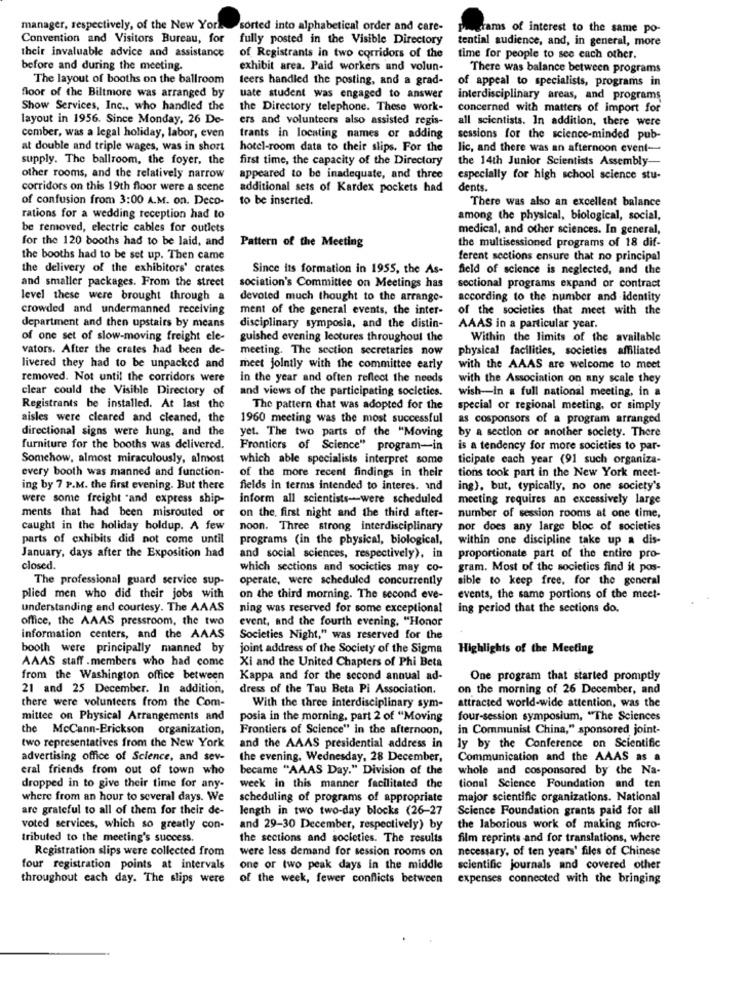
manager, respectively, of the New York
sorted into alphabetical order and care-
grams of interest to the same po-
Convention and Visitors Bureau, for
fully posted in the Visible Directory
tential audience, and, in general, more
their invaluable advice and assistance
of Registrants in two corridors of the
time for people to see each other.
before and during the meeting.
exhibit area. Paid workers and volun-
There was balance between programs
The layout of booths on the ballroom
teers handled the posting, and a grad-
of appeal to specialists, programs in
floor of the Biltmore was arranged by
uate student was engaged to answer
interdisciplinary areas, and programs
Show Services, Inc ., who handled the
the Directory telephone. These work-
concerned with matters of import for
layout in 1956. Since Monday, 26 De-
ers and volunteers also assisted regis-
all scientists. In addition, there were
comber, was a legal holiday, labor, even
trants in locating names or adding
sessions for the science-minded pub-
at double and triple wages, was in short
hotel-room data to their slips. For the
lic, and there was an afternoon event-
supply. The ballroom, the foyer, the
first time, the capacity of the Directory
the 14th Junior Scientists Assembly-
other rooms, and the relatively narrow
appeared to be inadequate, and three
especially for high school science stu-
corridors on this 19th floor were a scene
additional sets of Kardex pockets had
dents.
of confusion from 3:00 A.M. on. Deco-
to be inserted.
There was also an excellent balance
rations for a wedding reception had to
among the physical, biological, social,
be removed, electric cables for outlets
medical, and other sciences. In general,
for the 120 booths had to be laid, and
Pattern of the Meeting
the multisessioned programs of 18 dif-
the booths had to be set up. Then came
ferent sections ensure that no principal
the delivery of the exhibitors' crates
Since its formation in 1955, the As-
field of science is neglected, and the
and smaller packages. From the street
sociation's Committee on Meetings has
sectional programs expand or contract
level these were brought through a
devoted much thought to the arrange-
according to the number and identity
crowded and undermanned receiving
ment of the general events, the inter-
of the societies that meet with the
department and then upstairs by means
disciplinary symposia, and the distin-
AAAS in a particular year.
of one set of slow-moving freight ele-
guished evening lectures throughout the
Within the limits of the available
vators. After the crates had been de-
meeting. The section secretaries now
physical facilities, societies affiliated
livered they had to be unpacked and
meet jointly with the committee early
with the AAAS are welcome to meet
removed. Not until the corridors were
in the year and often reflect the needs
with the Association on any scale they
clear could the Visible Directory of
and views of the participating socletics.
wish-in a full national meeting, in a
Registrants be installed. At last the
The pattern that was adopted for the
special or regional meeting, or simply
aisles were cleared and cleaned, the
1960 meeting was the most successful
as cosponsors of a program arranged
directional signs were hung, and the
yet. The two parts of the "Moving
by a section or another society. There
furniture for the booths was delivered.
Frontiers of Science" program-in
is a tendency for more societies to par-
Somehow, almost miraculously, almost
which able specialists interpret some
ticipate each year (91 such organiza-
every booth was manned and function-
of the more recent findings in their
tions took part in the New York meet-
ing by 7 P.M. the first evening. But there
fields in terms intended to interes. ind
ing), but, typically, no one society's
were some freight "and express ship-
inform all scientists-were scheduled
meeting requires an excessively large
ments that had been misrouted or
on the, first night and the third after-
number of session rooms at one time,
caught in the holiday boldup. A few
noon. Three strong interdisciplinary
nor does any large bloc of societies
parts of exhibits did not come until
programs (in the physical, biological,
within one discipline take up a dis-
January, days after the Exposition had
and social sciences, respectively), in
proportionate part of the entire pro-
closed.
which sections and socicties may co-
gram. Most of the societies find it pos-
The professional guard service sup-
operate, were scheduled concurrently
sible to keep free. for the general
plied men who did their jobs with
on the third morning. The second eve-
events, the same portions of the meet-
understanding and courtesy. The AAAS
ning was reserved for some exceptional
ing period that the sections do.
office, the AAAS pressroom, the two
event, and the fourth evening. "Honor
information centers, and the AAAS
Societies Night," was reserved for the
booth were principally manned by
joint address of the Society of the Sigma
Highlights of the Meeting
AAAS staff .members who had come
Xi and the United Chapters of Phi Beta
from the Washington office between
Kappa and for the second annual ad-
One program that started promptly
21 and 25 December. In addition,
dress of the Tau Beta Pi Association.
on the morning of 26 December, and
there were volunteers from the Com-
With the three interdisciplinary sym-
attracted world-wide attention, was the
mittee on Physical Arrangements and
posia in the morning, part 2 of "Moving
four-session symposium, "The Sciences
the McCann-Erickson organization,
Frontiers of Science" in the afternoon,
in Communist China," sponsored joint-
two representatives from the New York
and the AAAS presidential address in
ly by the Conference on Scientific
advertising office of Science, and sev-
the evening, Wednesday, 28 December,
Communication and the AAAS as a
eral friends from out of town who
became "AAAS Day." Division of the
whole and cosponsored by the Na-
dropped in to give their time for any-
week in this manner facilitated the
tional Science Foundation and ten
where from an hour to several days. We
scheduling of programs of appropriate
major scientific organizations. National
are grateful to all of them for their de-
length in two two-day blocks (26-27
Science Foundation grants paid for all
voted services, which so greatly con-
and 29-30 December, respectively) by
the laborious work of making micro-
tributed to the meeting's success.
the sections and societies. The results
film reprints and for translations, where
Registration slips were collected from
were less demand for session rooms on
necessary, of ten years' files of Chinese
four registration points at intervals
one or two peak days in the middle
scientific journals and covered other
throughout each day. The slips were
of the week, fewer conflicts between
expenses connected with the bringing